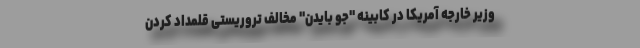
وزیر خارجه آمریکا در کابینه "جو بایدن" مخالف تروریستی قلمداد کردن